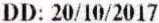
DD: 20/10/2017